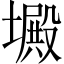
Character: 𡑴